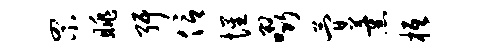
罘眺弭信惺啜简薰柢